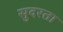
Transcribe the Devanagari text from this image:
सुदरता